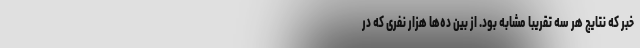
خبر که نتایج هر سه تقریبا مشابه بود. از بین ده‌ها هزار نفری که در